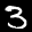
Label: 3